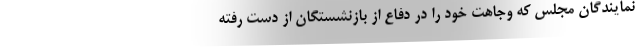
نمایندگان مجلس که وجاهت خود را در دفاع از بازنشستگان از دست رفته